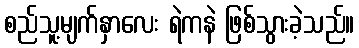
စည်သူ့မျက်နှာလေး ရဲကနဲ ဖြစ်သွားခဲ့သည်။